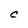
Character: C